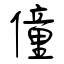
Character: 僮